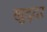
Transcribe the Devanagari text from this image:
खुद्दर